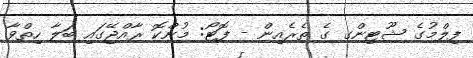
ފިލްމުގެ ޝޫޓިންގ ގެ ތެރެއިން - ފޮޓޯ: މުންކޮ ރާއްޖޭގައި ބަލާ ހިތްވާ